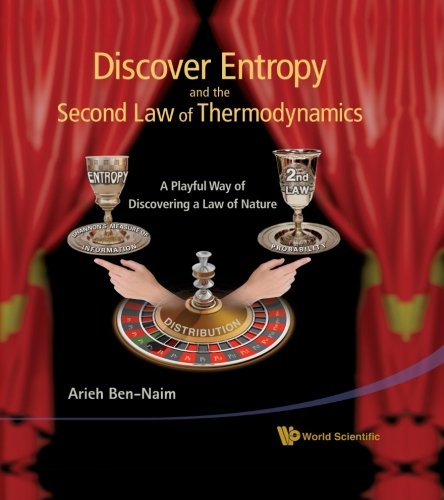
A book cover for Discover Entropy and the Second Law of Thermodynamics: A Playful Way of Discovering a Law of Nature; Arieh Ben-Naim; Science & Math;